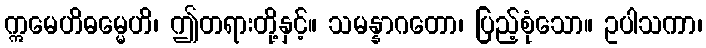
ဣမေဟိဓမ္မေဟိ၊ ဤတရားတို့နှင့်။ သမန္နာဂတော၊ ပြည့်စုံသော။ ဥပါသကာ၊